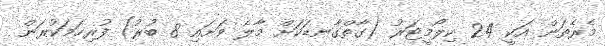
މެރެތަން އަކީ 24 ކިލޯމީޓަރު (ގާތްގާނޑަކަށް މާލެ ވަށައި 8 ބުރު) ފުރިހަމަކުރަން